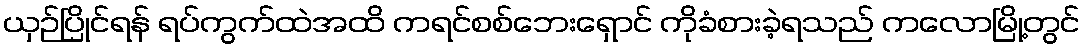
ယှဉ်ပြိုင်ရန် ရပ်ကွက်ထဲအထိ ကရင်စစ်ဘေးရှောင် ကိုခံစားခဲ့ရသည် ကလောမြို့တွင်